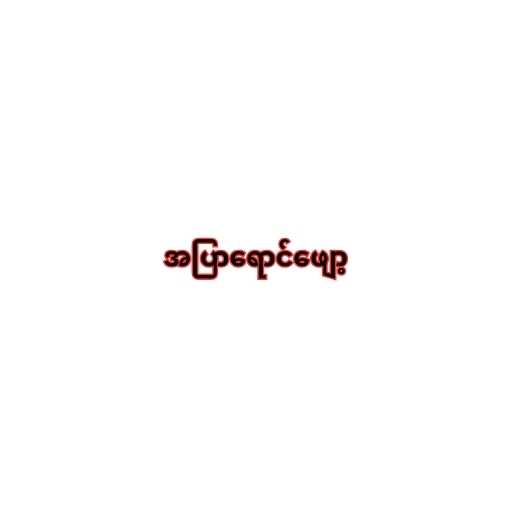
အပြာရောင်ဖျော့